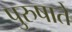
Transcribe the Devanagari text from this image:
पुरुषाते